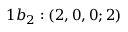
1 b _ { 2 } : ( 2 , 0 , 0 ; 2 )